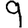
Digit: 9